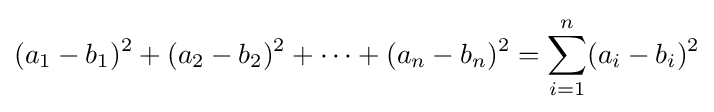
(a_{1}-b_{1})^{2}+(a_{2}-b_{2})^{2}+\cdots +(a_{n}-b_{n})^{2}=\sum _{i=1}^{n}(a_{i}-b_{i})^{2}